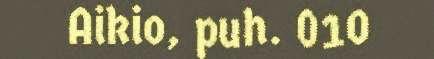
Aikio, puh. 010